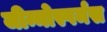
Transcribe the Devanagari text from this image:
जीन्मोस्पर्मस